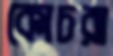
কোচরা